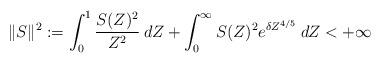
LaTeX: \begin{align*}\|S\|^2:=\int_0^1 \frac{S(Z)^2}{Z^2}\:dZ+ \int_0^\infty S(Z)^2 e^{\delta Z^{4/5}}\:dZ<+\infty\end{align*}